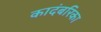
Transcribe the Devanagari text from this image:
कादंबरिका